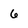
Character: 6